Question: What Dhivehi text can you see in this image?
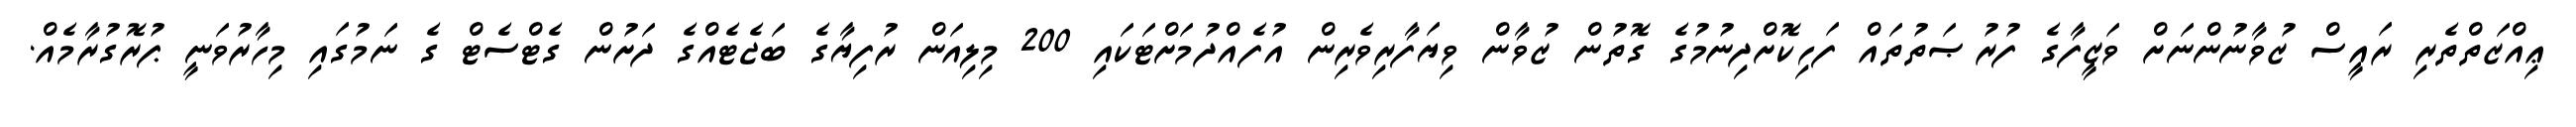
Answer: ޢިއްޒަތްތެރި ރައީސް ޒުވާނުންނަށް ވަޒީފާގެ ފުރުޞަތުތައް ފަހިކޮށްދިނުމުގެ ގޮތުން ޒުވާން ވިޔަފާރިވެރިން އުފެއްދުމަށްޓަކައި 200 މިލިއަން ރުފިޔާގެ ބަޖެޓެއްގެ ދަށުން ގެޓްސެޓް ގެ ނަމުގައި މިހާރުވަނީ ޕުރޮގުރާމެއް.